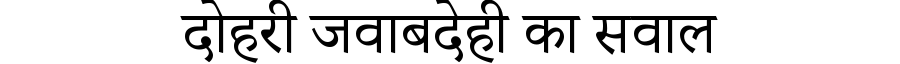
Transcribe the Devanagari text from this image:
दोहरी जवाबदेही का सवाल